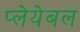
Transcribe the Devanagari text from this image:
प्लेयेबल